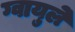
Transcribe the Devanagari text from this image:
ग्वायुले